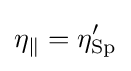
\eta _{\parallel }=\eta _{\rm {Sp}}^{\prime }